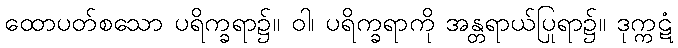
ထောပတ်စသော ပရိက္ခရာ၌။ ဝါ၊ ပရိက္ခရာကို အန္တရာယ်ပြုရာ၌။ ဒုက္ကဋံ